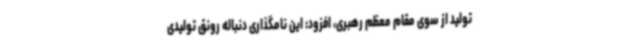
تولید از سوی مقام معظم رهبری، افزود: این نامگذاری دنباله رونق تولیدی